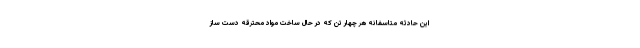
این حادثه متاسفانه هر چهار تن که در حال ساخت مواد محترقه دست ساز